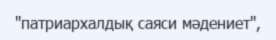
"патриархалдық саяси мәдениет",